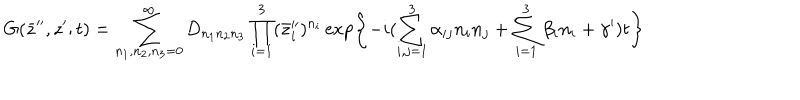
LaTeX: G ( \bar { z } ^ { \prime \prime } , z ^ { \prime } ; t ) = \sum _ { n _ { 1 } , n _ { 2 } , n _ { 3 } = 0 } ^ { \infty } D _ { n _ { 1 } n _ { 2 } n _ { 3 } } \prod _ { i = 1 } ^ { 3 } ( \bar { z } _ { i } ^ { \prime \prime } ) ^ { n _ { i } } \exp \left\{ - i ( \sum _ { i , j = 1 } ^ { 3 } \alpha _ { i j } n _ { i } n _ { j } + \sum _ { i = 1 } ^ { 3 } \beta _ { i } n _ { i } + \gamma ^ { \prime } ) t \right\}